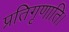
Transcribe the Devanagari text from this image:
प्रतिगृणाति।